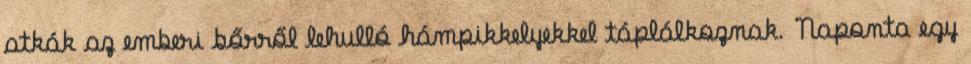
atkák az emberi bőrről lehulló hámpikkelyekkel táplálkoznak. Naponta egy